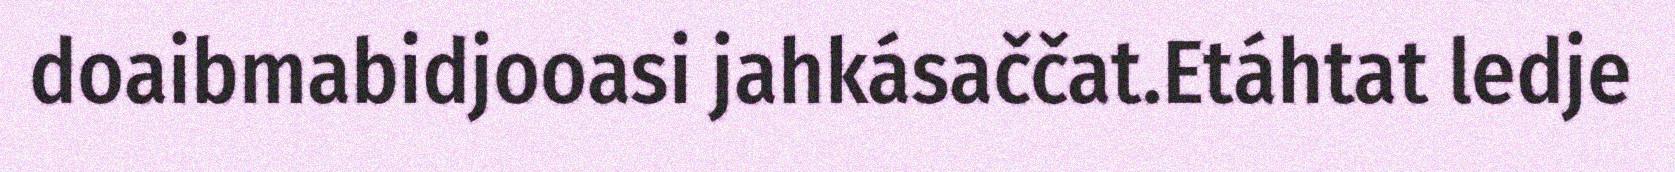
doaibmabidjooasi jahkásaččat.Etáhtat ledje